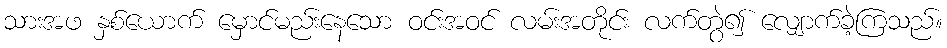
သားအဖ နှစ်ယောက် မှောင်မည်းနေသော ဝင်းအဝင် လမ်းအတိုင်း လက်တွဲ၍ လျှောက်ခဲ့ကြသည်။